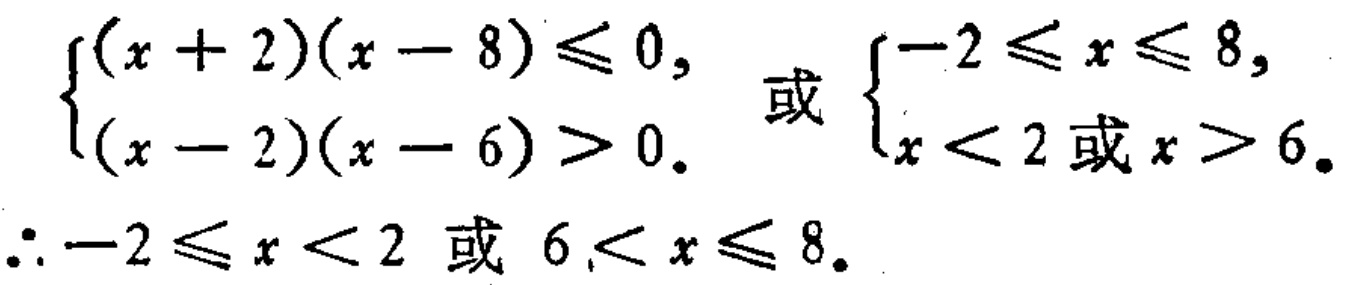
\(\begin{cases}(x + 2)(x - 8)\leq0, \\(x - 2)(x - 6)>0.\end{cases}\) 或 \(\begin{cases}-2\leq x\leq8, \\x<2或x>6.\end{cases}\)
\(\therefore -2\leq x<2\) 或 \(6<x\leq8\).